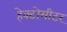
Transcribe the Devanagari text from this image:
हेक्टोमीटर